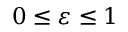
0 \leq \varepsilon \leq 1